system: You are a helpful assistant.
user:
Analyze the provided spectrum to determine if it is a **M-type Giant (gM)**.

A M-type Giant spectrum is defined by its **strong molecular absorption** features, particularly from **Titanium Oxide (TiO)**. You must check for one of the following mutually exclusive signatures:

- **Key Visual Indicators (Absorption-Dominated Spectrum):**

    - **(Primary):** The spectrum is dominated by strong molecular absorption from **Titanium Oxide (TiO)**. This is the **defining feature** of its M-type temperature class.
        - **(Key Bandheads):** Look for sharp, "saw-tooth" absorption valleys. The strongest are located near **~7050 Å**, **~6160 Å**, and **~5170 Å**.
        - **(Line Profile):** The "saw-tooth" morphology is critical: a **sharp, steep drop on the BLUE (short-wavelength) side** of the bandhead, followed by a gradual recovery (rising flux) towards the RED (long-wavelength) side.

    - **(Key Confirmation - Giant vs. Dwarf):** **ABSENCE** of strong **Calcium Hydride (CaH)** molecular bands. This is the primary diagnostic for *excluding* M-dwarfs.
        - **(Key Region):** The spectrum should lack the strong, broad absorption band seen in dwarfs between **~6800 Å and ~7000 Å**.

    - **(Secondary Confirmation - Giant):** A very strong and broad **Neutral Calcium (Ca I)** atomic absorption line.
        - **(Key Line):** Located at **~4226 Å**. In a giant (gM), this line is significantly deeper and broader than the same line in an M-dwarf (dM) due to low surface gravity.

    - **(Overall Spectrum):**
        - The continuum is **extremely red-sloping** (i.e., flux is very low in the blue and rises dramatically towards the red).
        - The entire spectrum appears "chopped up" by the deep TiO bands.

Think first, call **spectral_visualization_tool** if needed to examine features in detail, then provide your final answer. Your response must adhere to the following strict rules:
1.  **Overall Structure:** Your response must follow the format `<think>...</think> <tool_call>...</tool_call> (if a tool is used) <answer>...</answer>`.
2.  **Tool Usage Constraint:** You may only make **one** tool call per turn.
3.  **Final Answer Format:** In the `<answer>` tag, your conclusion must be inside a `\boxed{}` command (e.g., `\boxed{YES}` or `\boxed{NO}`), followed by your justification.

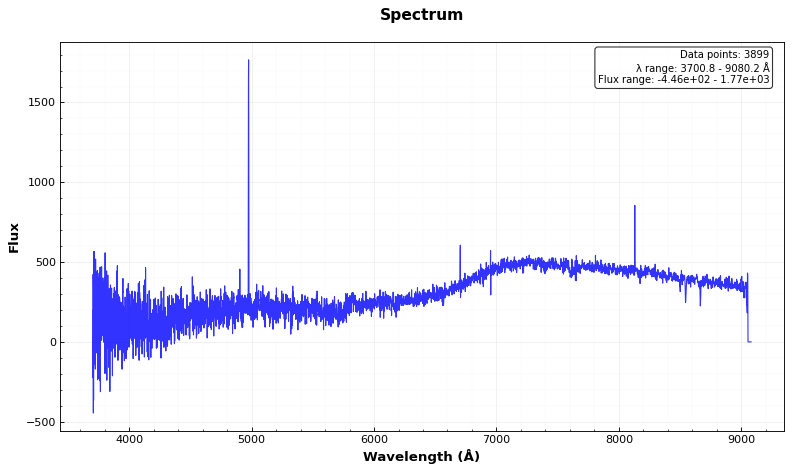
Answer: NO